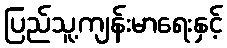
ပြည်သူ့ကျန်းမာရေးနှင့်